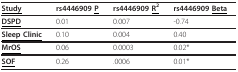
| <underline>Study</underline> | rs4446909 <underline>P</underline> | rs4446909 <underline>R2</underline> | rs4446909 <underline>Beta</underline> |
 | --- | --- | --- | --- |
 | <underline>DSPD</underline> | 0.01 | 0.007 | -0.74 |
 | <underline>Sleep Clinic</underline> | 0.10 | 0.004 | 0.40 |
 | <underline>MrOS</underline> | 0.06 | 0.0003 | 0.02* |
 | <underline>SOF</underline> | 0.26 | .0006 | 0.01* |